Vaccination in Bombay 1889-1901 - 1889-1901
Year: 1889
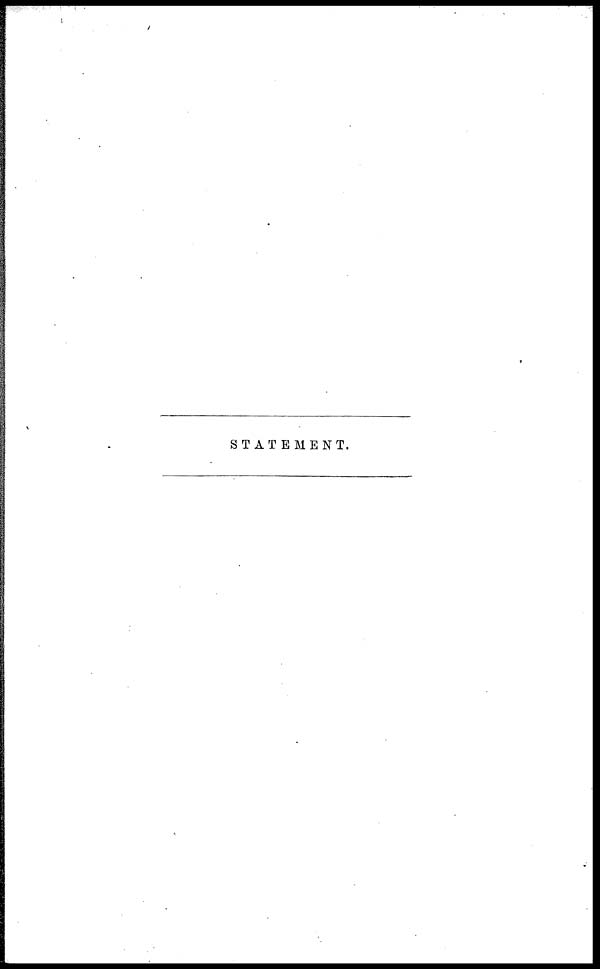
STATEMENT.